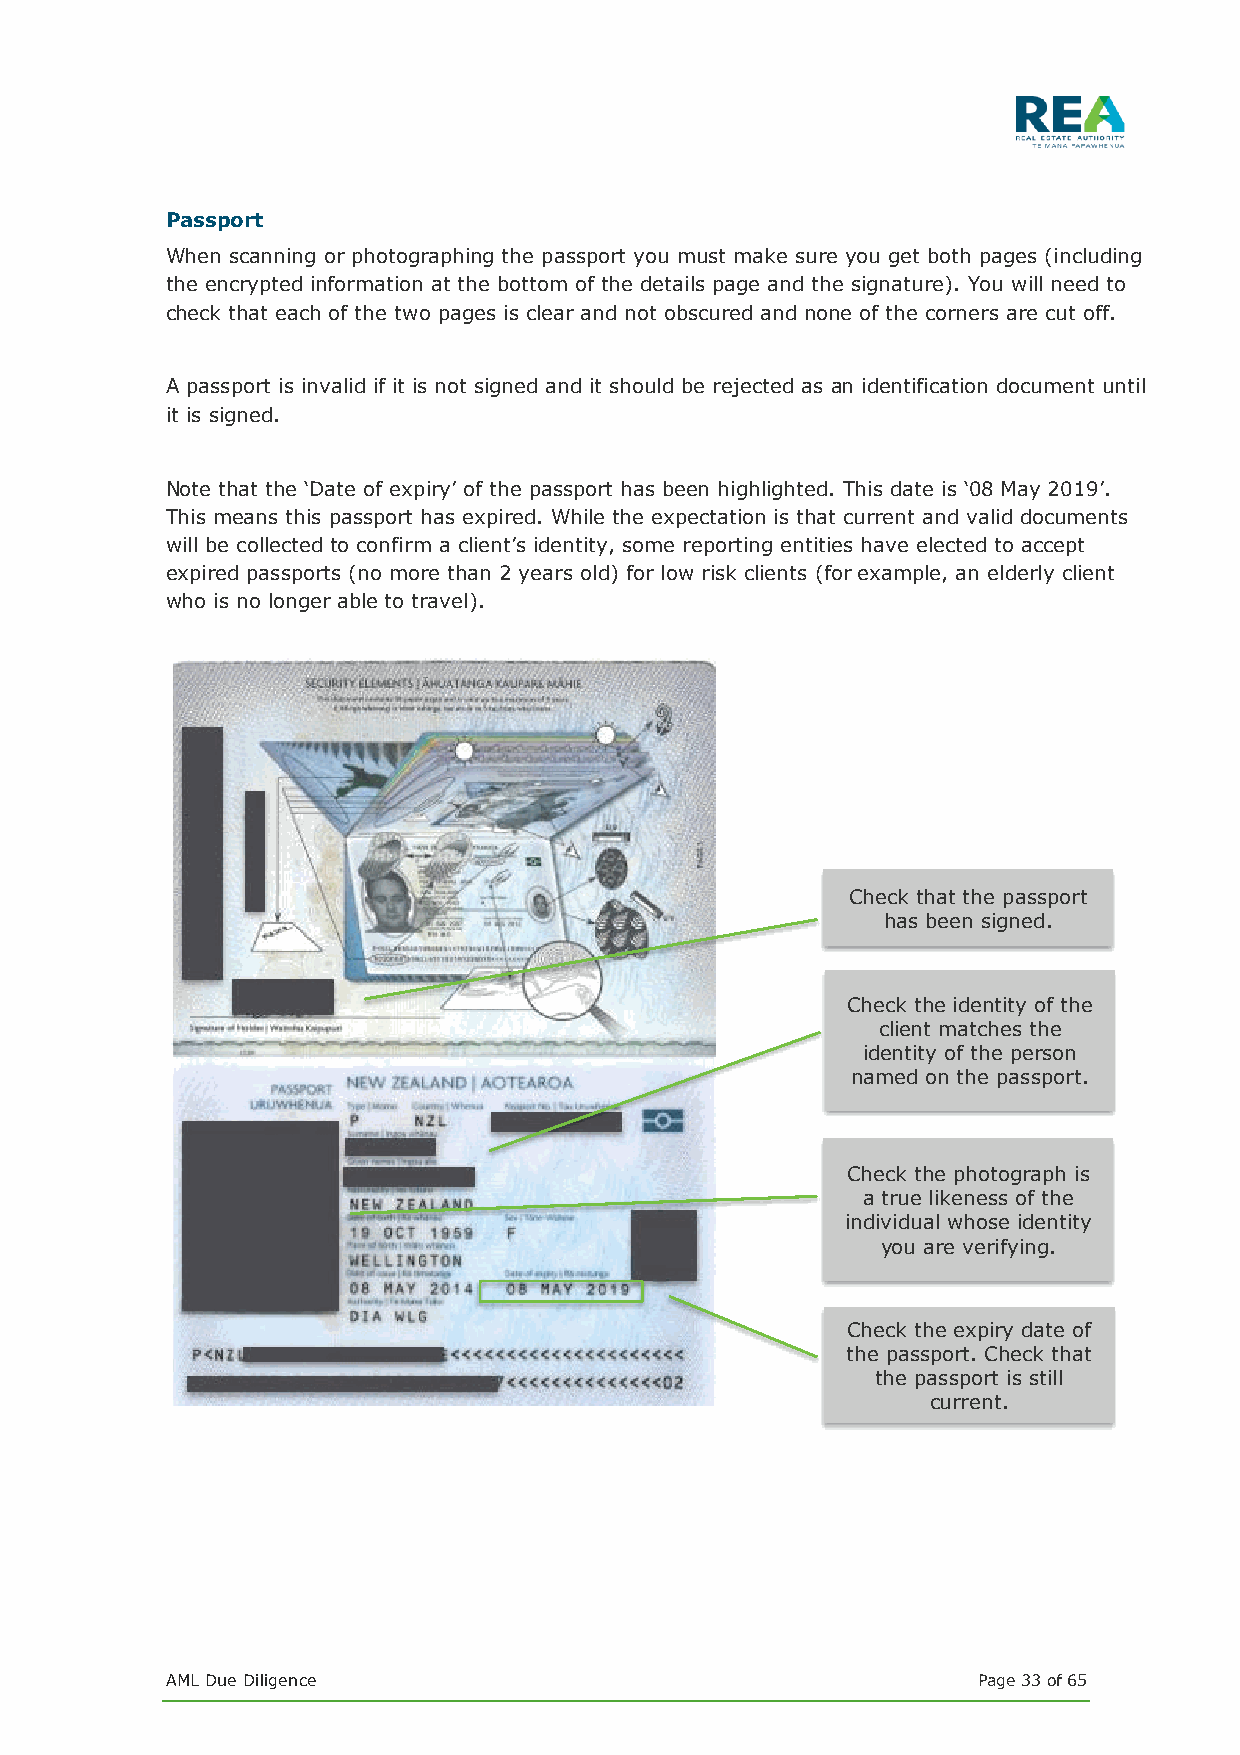
Passport
 When scanning or photographing the passport you must make sure you get both pages (including
 the encrypted information at the bottom of the details page and the signature). You will need to
 check that each of the two pages is clear and not obscured and none of the corners are cut off.
 A passport is invalid if it is not signed and it should be rejected as an identification document until
 it is signed.
 Note that the ‘Date of expiry’ of the passport has been highlighted. This date is ‘08 May 2019’.
 This means this passport has expired. While the expectation is that current and valid documents
 will be collected to confirm a client’s identity, some reporting entities have elected to accept
 expired passports (no more than 2 years old) for low risk clients (for example, an elderly client
 who is no longer able to travel).
 Check that the passport
 has been signed.
 Check the identity of the
 client matches the
 identity of the person
 named on the passport.
 Check the photograph is
 a true likeness of the
 individual whose identity
 you are verifying.
 Check the expiry date of
 the passport. Check that
 the passport is still
 current.
 AML Due Diligence                                     Page 33 of 65